Report on horse surra - Volume I
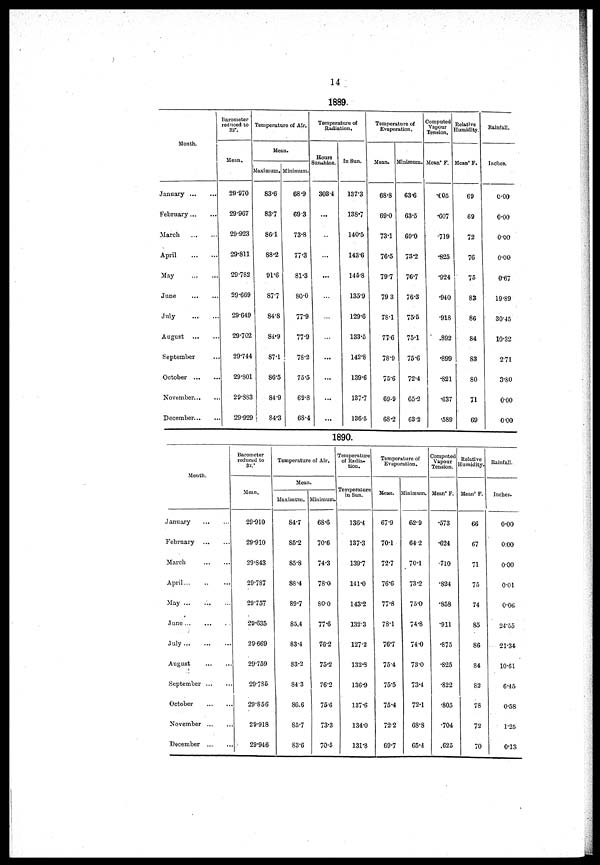
14
1889.
Month.
January
February
March
April
May
June
July
August ...
September
October ...
November...
December
Barometer
reduced to
33º.
Mean..
29.970
29.967
29.923
29.811
29.782
29.669
29.649
29.702
29.744
29.801
29.883
29.929
Temperature of Air.
Mean.
Maximum.
83.6
83.7
86.1
88.2
91.6
87.7
84.8
84.9
87.1
86.5
84.9
84.3
Minimum.
68.9
69 3
73.8
77.3
81.3
80.0
77.9
77.9
78.2
75.5
69.8
68.4
Temperature of
Radiation.
Hours
Sunshine.
303.4
...
...
...
...
...
...
...
...
...
...
...
In Sun.
137.3
138.7
140.5
143.6
145.8
135.9
129.6
133.5
142.8
139.6
137.7
136.5
Temperature of
Evaporation.
Mean.
68.8
69.0
73.1
76.5
79.7
79 3
78.1
77.6
78.9
75.6
69.9
68.2
Minimum.
63.6
63.5
69.0
73.2
76.7
76.3
75.5
75.1
75.6
72.4
65.2
63.2
Computed
Vapour
Tension.
Meanº F.
.605
.607
.719
.825
.924
.940
.918
.892
.899
.821
.637
.589
Relative
Humidity.
Meanº F.
69
69
72
76
75
83
86
84
83
80
71
69
Rainfall.
Inches.
0.00
0.00
0.00
0.00
0.67
19.89
30.45
10.32
2.71
3.80
0.00
0.00
1890..
Month.
January
February
March
April
May ...
June
July
August
September ...
October
November ...
December ..,
Barometer
reduced to
33.°
Mean.
29.910
29.910
29.843
29.787
29.757
29.635
29.669
29.759
29.785
29.856
29.918
29.946
Temperature of Air.
Mean.
Maximum.
84.7
85.2
85.8
88.4
89.7
85.4
83.4
83.2
84.3
86.6
85.7
83.6
Minimum.
68.6
70.6
74.3
78.0
80.0
77.6
76.2
75.2
76.2
75.6
73.3
70.5
Temperature
of Radia-
tion.
Temperature
in Sun.
136.4
137.3
139.7
141.0
143.2
132.3
127.2
132.3
136.9
137.6
134.0
131.8
Temperature of
Evaporation.
Mean.
67.9
70.1
72.7
76.6
77.8
78.1
76.7
75.4
75.5
75.4
72.2
69.7
Minimum.
62.9
64 2
70.1
73.2
75.0
74.8
74.0
73.0
73.4
72.1
68.8
65.4
Computed
Vapour
Tension.
Meanº F.
.573
.624
.710
.824
.858
.911
.875
.825
.822
.805
.704
.625
Relative
Humidity.
Meanº F.
66
67
71
75
74
85
86
84
82
78
72
70
Rainfall.
Inches.
0.00
0:00
0.00
0.01
0.06
24.55
21.34
10.61
6.45
0.58
1.25
0.13